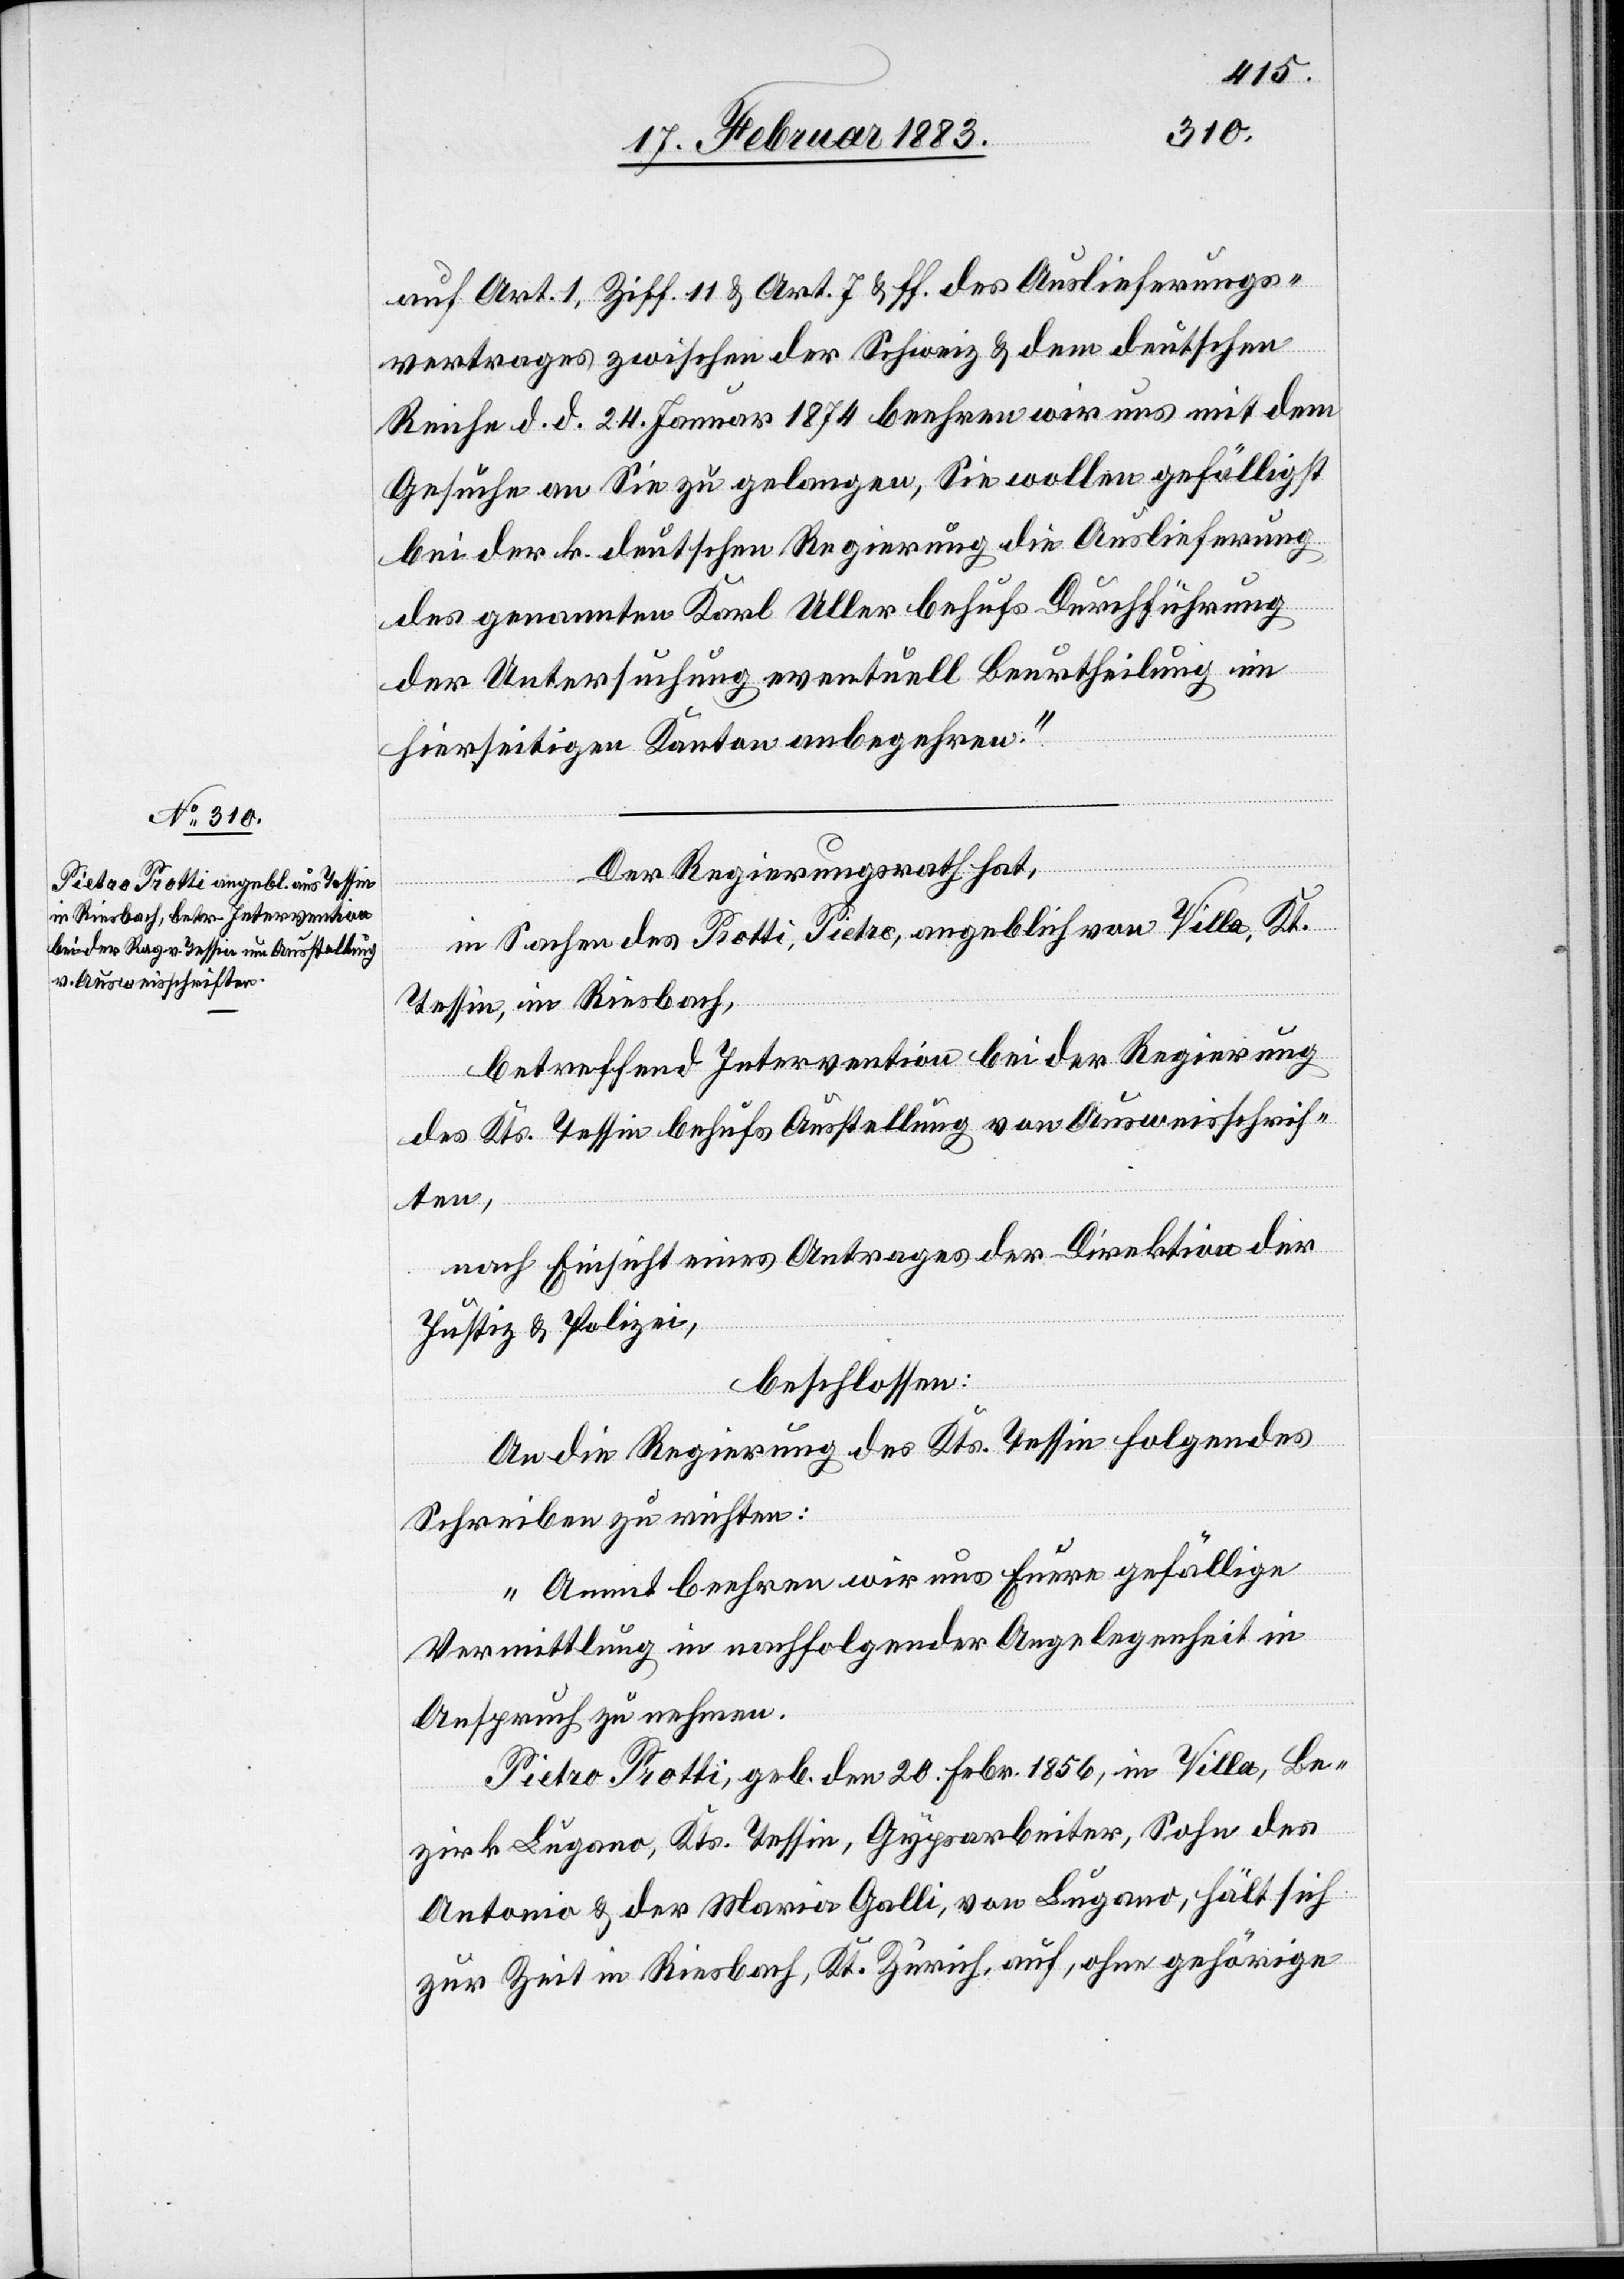
auf Art. 1, Ziff. 11 & Art. 7 & ff. des Auslieferungs¬
vertrages zwischen der Schweiz & dem deutschen
Reiche d. d. 24. Januar 1874 beehren wir uns mit dem
Gesuche an Sie zu gelangen, Sie wollen gefälligst
bei der k. deutschen Regierung die Auslieferung
des genannten Karl Uller behufs Durchführung
der Untersuchung eventuell Beurtheilung im
hierseitigen Kanton anbegehren.“
Der Regierungsrath hat,
in Sachen des Protti, Pietro, angeblich von Villa, Kt.
Tessin, in Riesbach,
betreffend Intervention bei der Regierung
des Kts. Tessin behufs Ausstellung von Ausweisschrif¬
ten,
nach Einsicht eines Antrages der Direktion der
Justiz & Polizei,
beschlossen:
An die Regierung des Kts. Tessin folgendes
Schreiben zu richten:
„Anmit beehren wir uns Euere gefällige
Vermittlung in nachfolgender Angelegenheit in
Anspruch zu nehmen:
Pietro Protti, geb. den 20. Febr. 1856, in Villa, Be¬
zirk Lugano, Kts. Tessin, Gypsarbeiter, Sohn des
Antonio & der Maria Galli, von Lugano, hält sich
zur Zeit in Riesbach, Kt. Zürich, auf, ohne gehörige